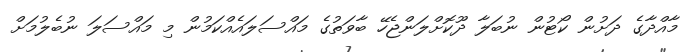
މާއްދާގެ ދަށުން ކޯޓުން ނުބަލާ ދޫކޮށްލަންޖެހޭ ބާވަތުގެ މައްސަލައެއްކަމުން މި މައްސަލަ ނުބެލުމަށް